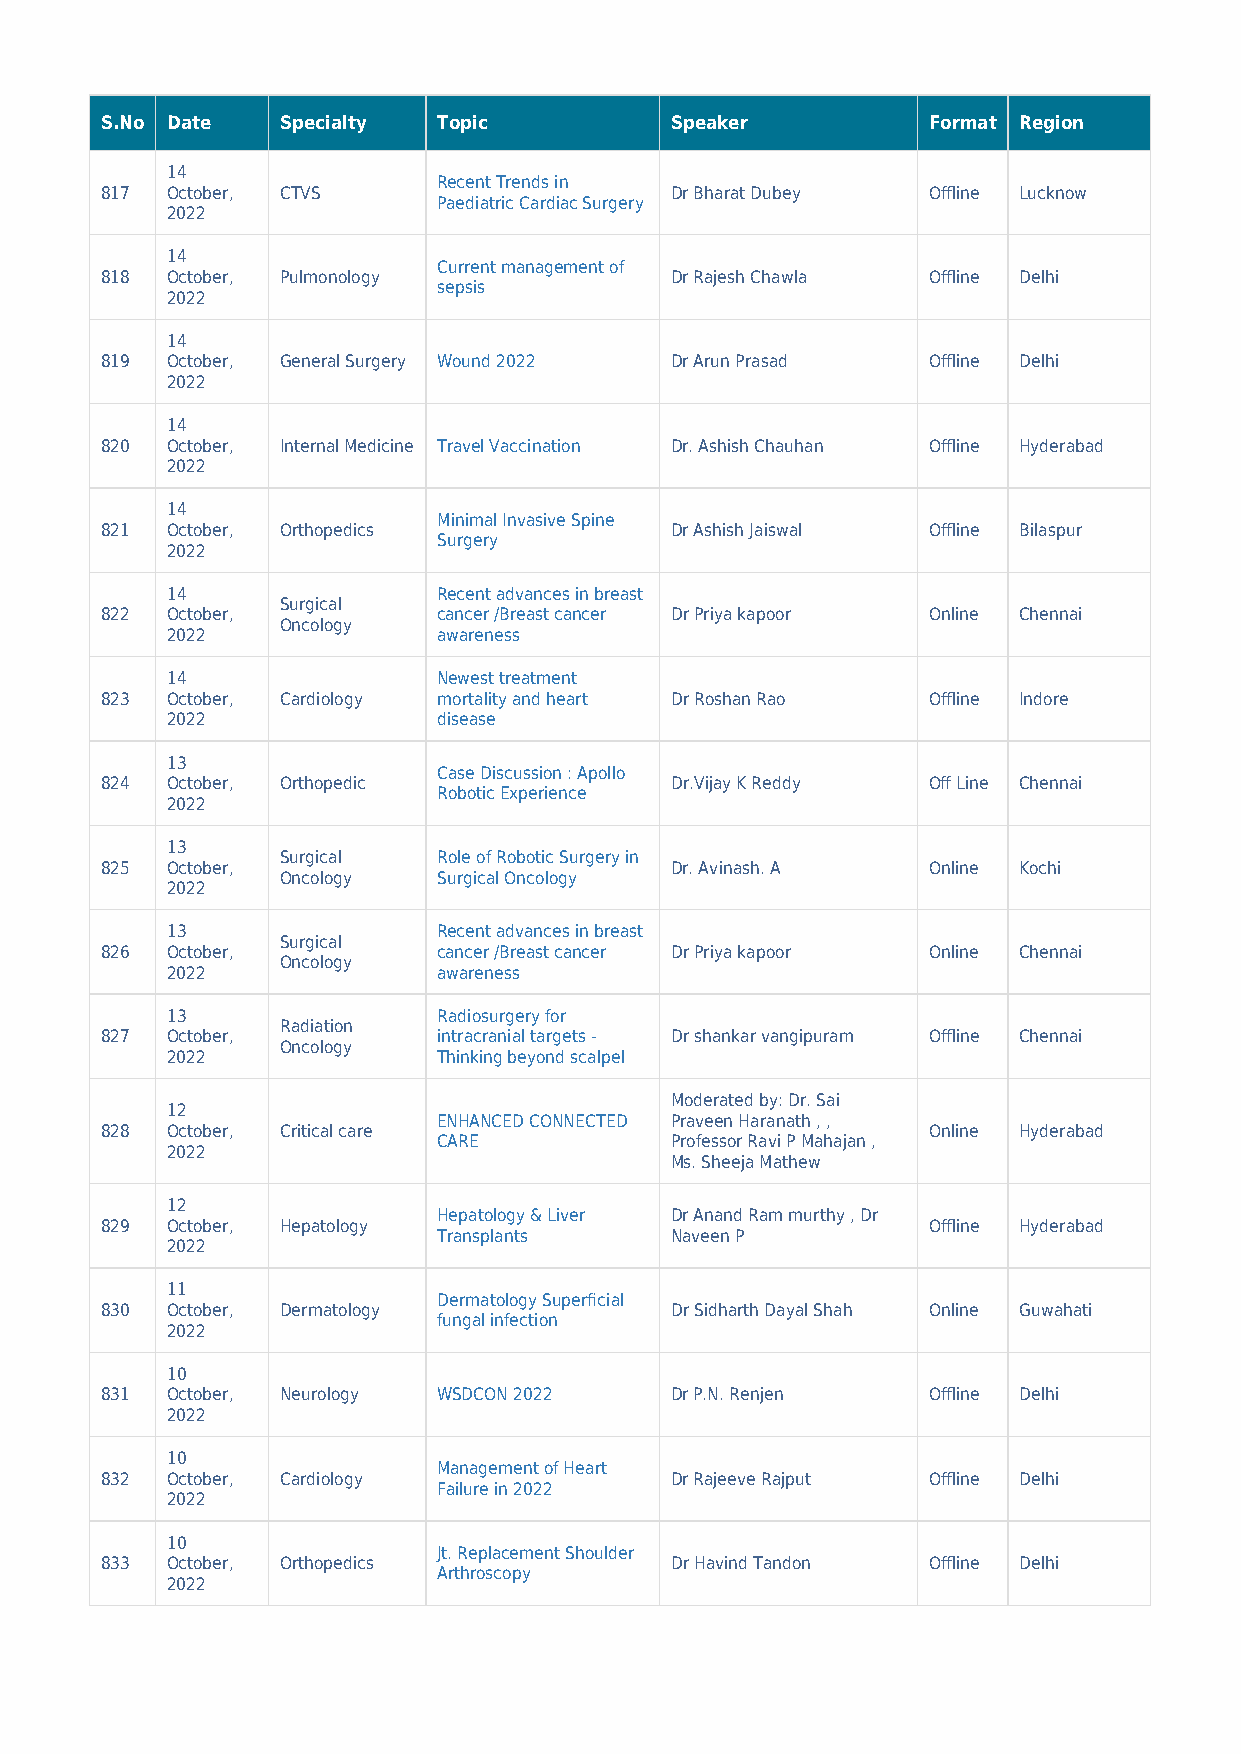
S.No Date   Specialty Topic          Speaker          Format Region
 14
 Recent Trends in
 817 October, CTVS                    Dr Bharat Dubey  Offline Lucknow
 Paediatric Cardiac Surgery
 2022
 14
 Current management of
 818 October, Pulmonology             Dr Rajesh Chawla Offline Delhi
 sepsis
 2022
 14
 819 October, General Surgery Wound 2022 Dr Arun Prasad Offline Delhi
 2022
 14
 820 October, Internal Medicine Travel Vaccination Dr. Ashish Chauhan Offline Hyderabad
 2022
 14
 Minimal Invasive Spine
 821 October, Orthopedics             Dr Ashish Jaiswal Offline Bilaspur
 Surgery
 2022
 14                Recent advances in breast
 Surgical
 822 October,          cancer /Breast cancer Dr Priya kapoor Online Chennai
 Oncology
 2022              awareness
 14                Newest treatment
 823 October, Cardiology mortality and heart Dr Roshan Rao Offline Indore
 2022              disease
 13
 Case Discussion : Apollo
 824 October, Orthopedic              Dr.Vijay K Reddy Off Line Chennai
 Robotic Experience
 2022
 13
 Surgical  Role of Robotic Surgery in
 825 October,                         Dr. Avinash. A   Online Kochi
 Oncology  Surgical Oncology
 2022
 13                Recent advances in breast
 Surgical
 826 October,          cancer /Breast cancer Dr Priya kapoor Online Chennai
 Oncology
 2022              awareness
 13                Radiosurgery for
 Radiation
 827 October,          intracranial targets - Dr shankar vangipuram Offline Chennai
 Oncology
 2022              Thinking beyond scalpel
 Moderated by: Dr. Sai
 12
 ENHANCED CONNECTED Praveen Haranath , ,
 828 October, Critical care                            Online Hyderabad
 CARE           Professor Ravi P Mahajan ,
 2022
 Ms. Sheeja Mathew
 12
 Hepatology & Liver Dr Anand Ram murthy , Dr
 829 October, Hepatology                               Offline Hyderabad
 Transplants    Naveen P
 2022
 11
 Dermatology Superficial
 830 October, Dermatology             Dr Sidharth Dayal Shah Online Guwahati
 fungal infection
 2022
 10
 831 October, Neurology WSDCON 2022   Dr P.N. Renjen   Offline Delhi
 2022
 10
 Management of Heart
 832 October, Cardiology              Dr Rajeeve Rajput Offline Delhi
 Failure in 2022
 2022
 10
 Jt. Replacement Shoulder
 833 October, Orthopedics             Dr Havind Tandon Offline Delhi
 Arthroscopy
 2022